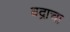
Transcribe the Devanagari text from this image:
वद्राचा